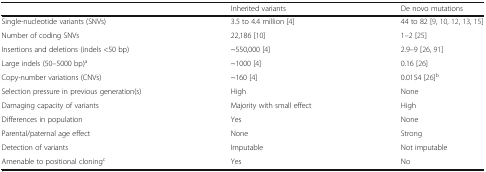
<table><thead><tr><td></td><td><b>Inherited variants</b></td><td><b>De novo mutations</b></td></tr></thead><tbody><tr><td>Single-nucleotide variants (SNVs)</td><td>3.5 to 4.4 million [4]</td><td>44 to 82 [9, 10, 12, 13, 15]</td></tr><tr><td>Number of coding SNVs</td><td>22,186 [10]</td><td>1–2 [25]</td></tr><tr><td>Insertions and deletions (indels &lt;50 bp)</td><td>~550,000 [4]</td><td>2.9–9 [26, 91]</td></tr><tr><td>Large indels (50–5000 bp)<sup>a</sup></td><td>~1000 [4]</td><td>0.16 [26]</td></tr><tr><td>Copy-number variations (CNVs)</td><td>~160 [4]</td><td>0.0154 [26]<sup>b</sup></td></tr><tr><td>Selection pressure in previous generation(s)</td><td>High</td><td>None</td></tr><tr><td>Damaging capacity of variants</td><td>Majority with small effect</td><td>High</td></tr><tr><td>Differences in population</td><td>Yes</td><td>None</td></tr><tr><td>Parental/paternal age effect</td><td>None</td><td>Strong</td></tr><tr><td>Detection of variants</td><td>Imputable</td><td>Not imputable</td></tr><tr><td>Amenable to positional cloning<sup>c</sup></td><td>Yes</td><td>No</td></tr></tbody></table>